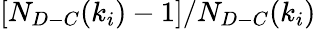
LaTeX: [N_{D-C}(k_{i})-1]/N_{D-C}(k_{i})